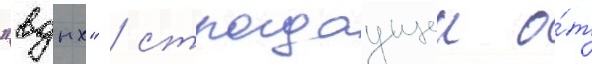
"вднх" / страдаущеи о́т